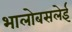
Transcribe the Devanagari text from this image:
भालोबसलेई